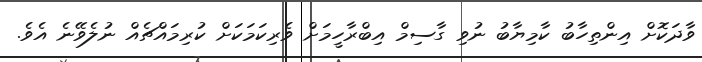
ވާދަކޮށް އިންތިހާބު ކާމިޔާބު ނުވި ގާސިމް އިބްރާހީމަށް ވެރިކަމަކަށް ކުރިމައްޗެއް ނުލެވޭނެ އެވެ.